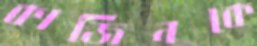
কাজিনকে